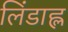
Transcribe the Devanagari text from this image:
लिंडाह्ल